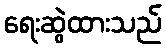
ရေးဆွဲထားသည်